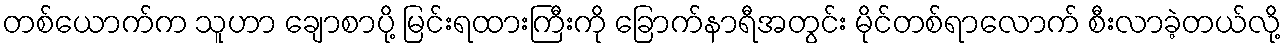
တစ်ယောက်က သူဟာ ချောစာပို့ မြင်းရထားကြီးကို ခြောက်နာရီအတွင်း မိုင်တစ်ရာလောက် စီးလာခဲ့တယ်လို့